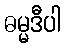
ဓမ္မဒီပါ